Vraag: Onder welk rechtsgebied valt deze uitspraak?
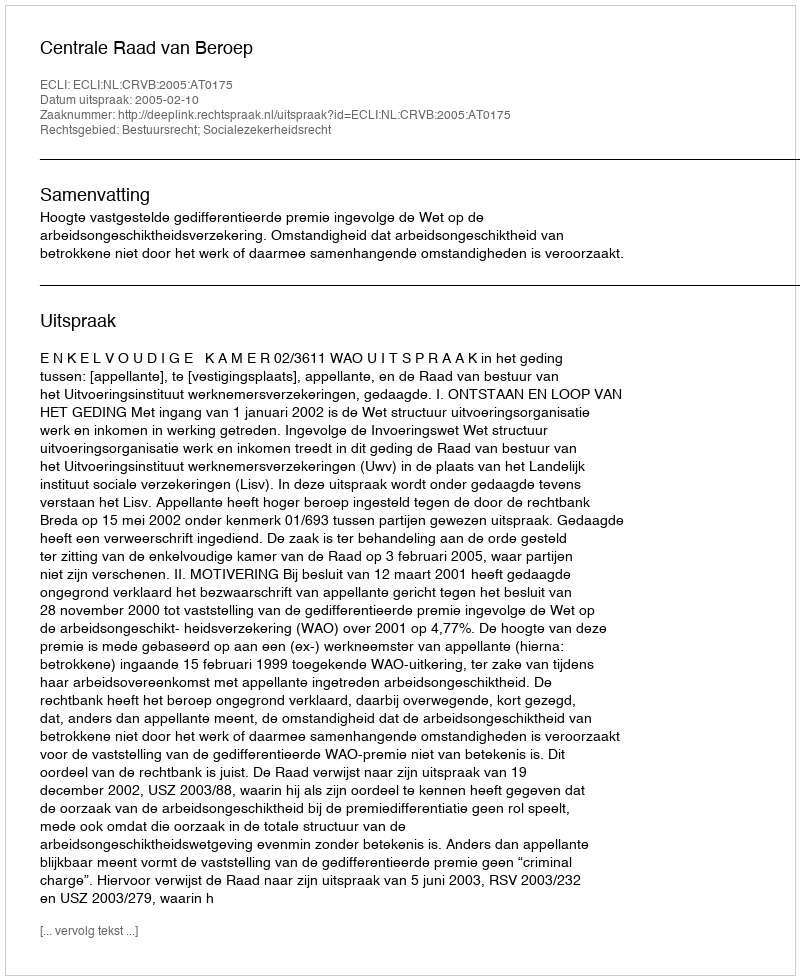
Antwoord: Bestuursrecht; Socialezekerheidsrecht